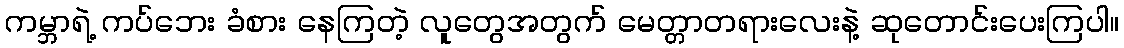
ကမ္ဘာရဲ့ ကပ်ဘေး ခံစား နေကြတဲ့ လူတွေအတွက် မေတ္တာတရားလေးနဲ့ ဆုတောင်းပေးကြပါ။